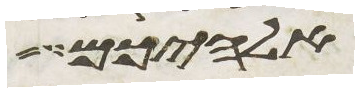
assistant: אלהיכם